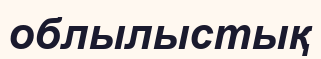
облылыстық